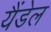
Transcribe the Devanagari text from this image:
यैंडेल